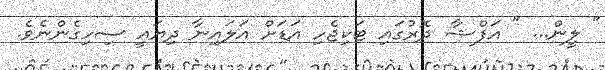
" ލީން... " އަފްޝާ ދޮރުގައި ޓަކިޖެހި އަޑަށް އަލައިނާ ދިޔައީ ސިހިގެންނެވެ.